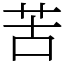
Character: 苦